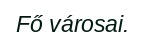
Fő városai.